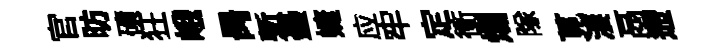
官昉磧狂峨昺慙壘婕应牢定衝爛隊莧淒鬲遰